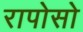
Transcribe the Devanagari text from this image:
रापोसो